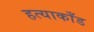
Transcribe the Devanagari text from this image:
हत्याकाँड